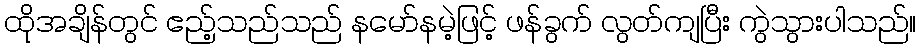
ထိုအချိန်တွင် ဧည့်သည်သည် နမော်နမဲ့ဖြင့် ဖန်ခွက် လွတ်ကျပြီး ကွဲသွားပါသည်။